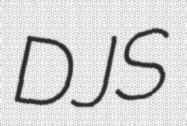
DJS